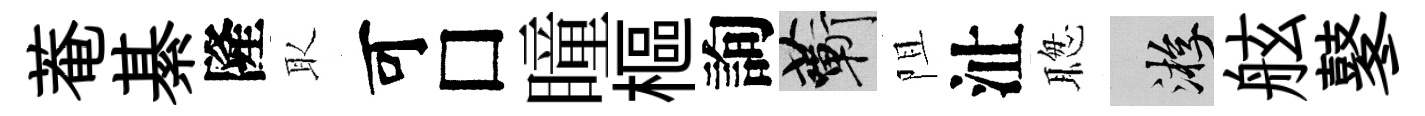
菴綦隆取可□瞳樞詢蔪阻沚聦游舷鼕